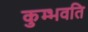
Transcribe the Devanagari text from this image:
कुम्भवति